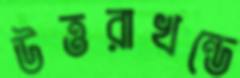
উত্তরাখন্ডে